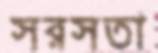
সরসতা